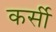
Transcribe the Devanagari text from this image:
कर्सी